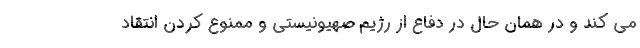
می کند و در همان حال در دفاع از رژیم صهیونیستی و ممنوع کردن انتقاد